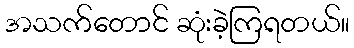
အသက်တောင် ဆုံးခဲ့ကြရတယ်။